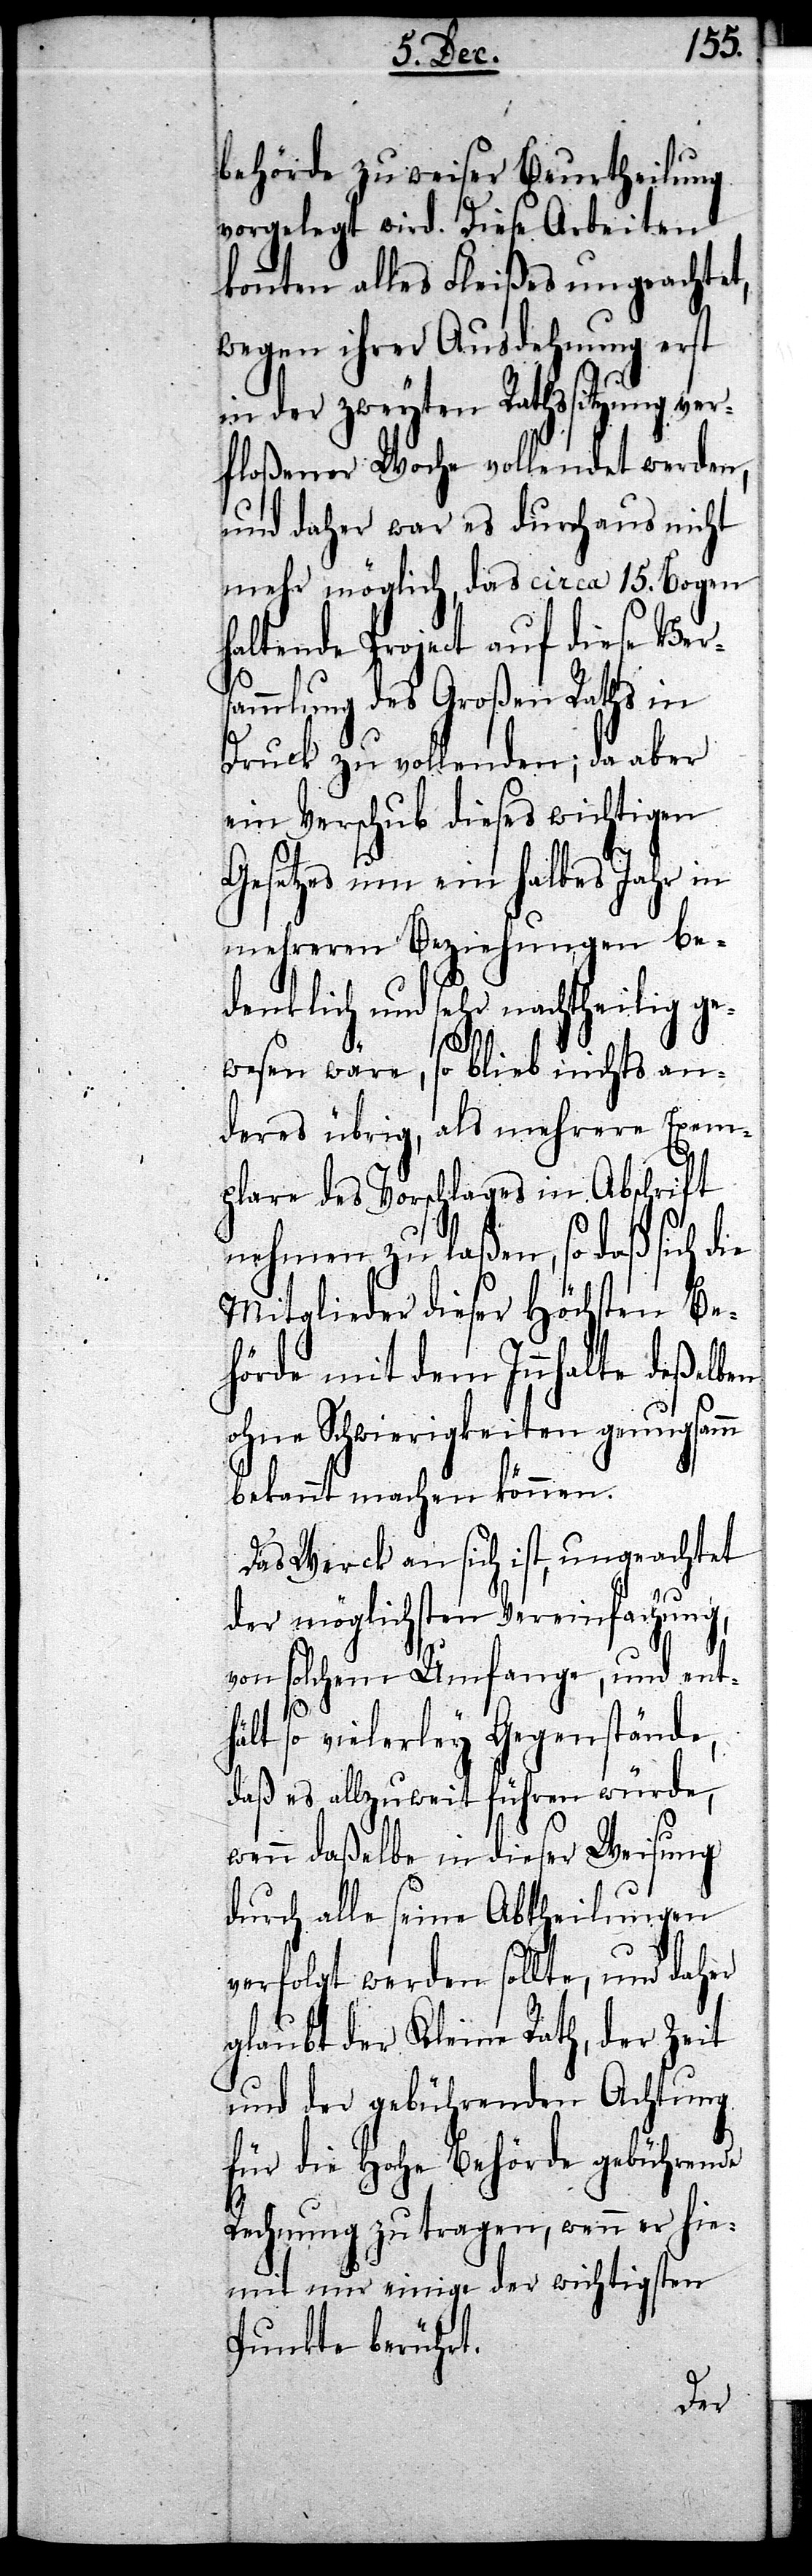
behörde zu weiser Beurtheilung
vorgelegt wird. Diese Arbeiten
konnten alles Fleißes ungeachtet,
wegen ihrer Ausdehnung erst
in der zweyten Rathssitzung ver¬
floßener Woche vollendet werden,
und daher war es durchaus nicht
mehr möglich, das circa 15. Bogen
haltende Project auf diese Vers¬
ammlung des Großen Raths in
Druck zu vollenden; da aber
ein Verschub dieses wichtigen
Gesetzes um ein halbes Jahr in
mehreren Beziehungen be¬
denklich und sehr nachtheilig ge¬
wesen wäre, so blieb nichts an¬
deres übrig, als mehrere Exem¬
plare des Vorschlages in Abschrift
nehmen zu laßen, so daß sich die
Mitglieder dieser Höchsten Be¬
hörde mit dem Innhalte deßelben
ohne Schwierigkeiten genugsamm
bekannt machen können.
Das Werck an sich ist, ungeachtet
der möglichsten Vereinfachung,
von solchem Umfange, und enth¬
ält so vielerley Gegenstände,
daß es allzuweit führen würde,
wenn daßelbe in dieser Weisung
durch alle seine Abtheilungen
verfolgt werden sollte, und daher
glaubt der Kleine Rath, der Zeit
und der gebührenden Achtung
für die Hohe Behörde gebührende
Rechnung zu tragen, wenn er hie¬
mit nur einige der wichtigsten
Punkte berührt.